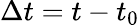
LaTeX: \Delta t=t-t_{0}